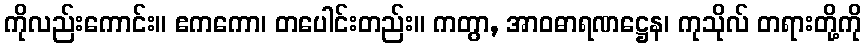
ကိုလည်းကောင်း။ ဧကကော၊ တပေါင်းတည်း။ ကတွာ, အာဝဓာရဏဋ္ဌေန၊ ကုသိုလ် တရားတို့ကို